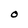
Character: O